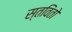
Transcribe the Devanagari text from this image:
स्तविंतो